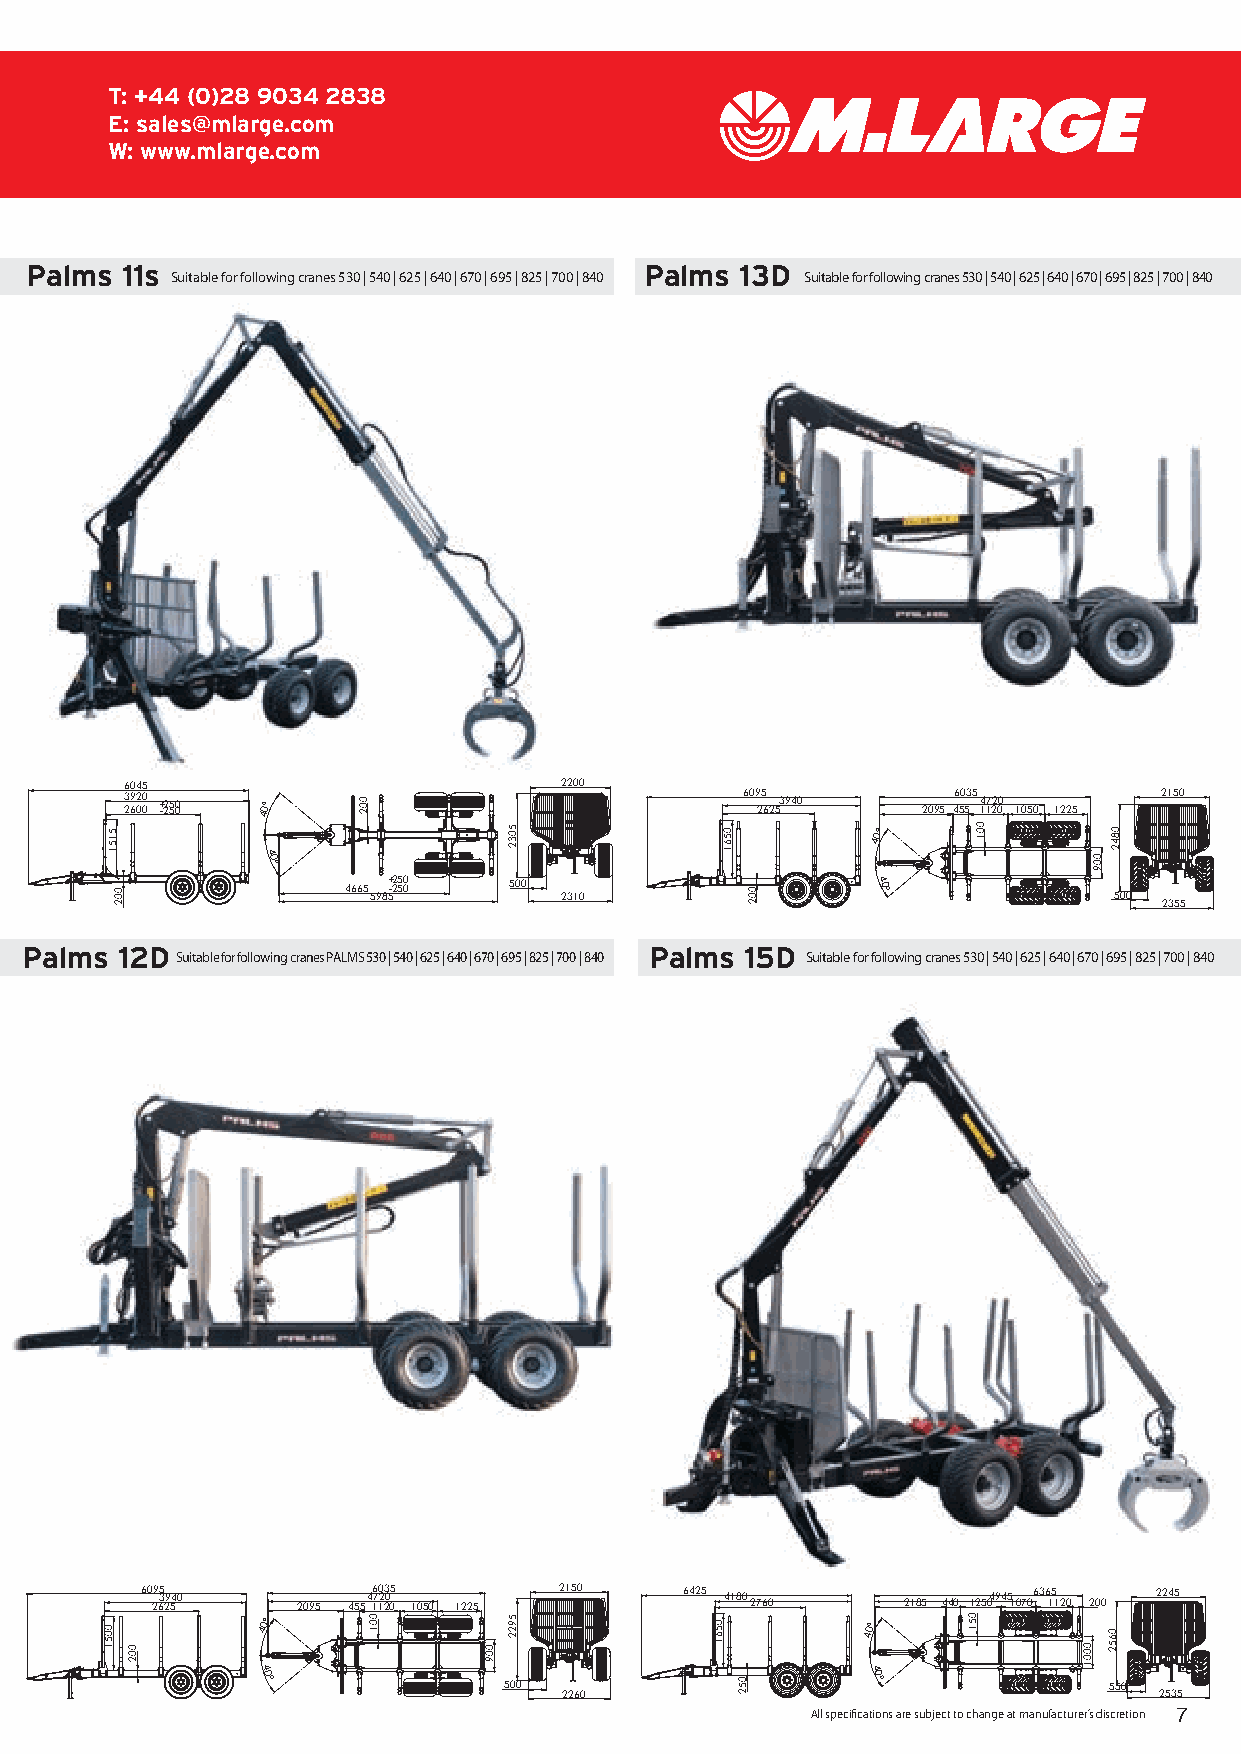
T: +44 (0)28 9034 2838
 E: sales@mlarge.com
 W: www.mlarge.com
 Palms 11s                                Palms 13D
 Suitable for following cranes 530 | 540 | 625 | 640 | 670 | 695 | 825 | 700 | 840 Suitable for following cranes 530 | 540 | 625 | 640 | 670 | 695 | 825 | 700 | 840
 6045                         2200
 3 29 62 00 0 +-2255 00 40°               60 9 25 6 25 3 940 2095 46 50 53 5 14 17 22 00 1050 1225 2150
 40°
 40°
 4665 598+ 5-2 2 5 5 0 0 500 2310   40°             500
 2355
 Palms  12D                                Palms 15D
 Suitable for following cranes PALMS 530 | 540 | 625 | 640 | 670 | 695 | 825 | 700 | 840 Suitable for following cranes 530 | 540 | 625 | 640 | 670 | 695 | 825 | 700 | 840
 60 29 65 3 2 9 54 0 2095 455 4 6 170 123 205 0 1050 1225 2150 6425 4180 2760 2185 440 125 04 945 1 070 6 36 15 1 20 200 2245
 40°                                     40°
 40°
 500
 40°
 550
 2260                                    2535
 All specifications are subject to change at manufacturer’s discretion 7
 5151
 0051
 002
 002
 002
 001
 009
 5032
 5922         0561
 0561
 052
 002
 051
 001
 0001
 009
 0842
 0652